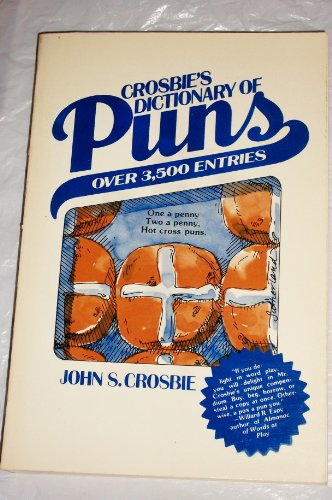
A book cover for Crosbies Dictionary of Puns; John Crosbie; Humor & Entertainment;